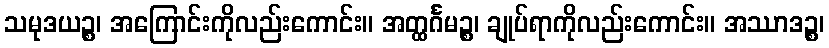
သမုဒယဉ္စ၊ အကြောင်းကိုလည်းကောင်း။ အတ္ထင်္ဂမဉ္စ၊ ချုပ်ရာကိုလည်းကောင်း။ အဿာဒဉ္စ၊